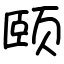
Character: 颐